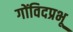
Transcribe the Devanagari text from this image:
गोंविदप्रभू